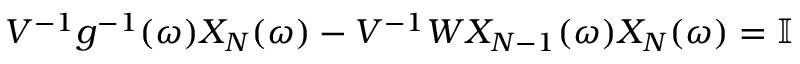
\begin{array} { r } { V ^ { - 1 } g ^ { - 1 } ( \omega ) X _ { N } ( \omega ) - V ^ { - 1 } W X _ { N - 1 } ( \omega ) X _ { N } ( \omega ) = \mathbb { I } } \end{array}